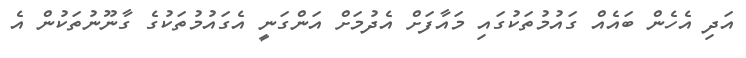
އަދި އެހެން ބައެއް ގައުމުތަކުގައި މައާފަށް އެދުމަށް އަންގަނީ އެގައުމުތަކުގެ ގާނޫނުތަކުން އެ